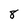
Character: 8